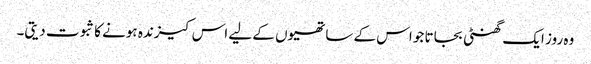
وہ روز ایک گھنٹی بجاتا جو اس کے ساتھیوں کے لیے اس کیزندہ ہونے کا ثبوت دیتی۔